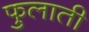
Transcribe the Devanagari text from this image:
फुलाती